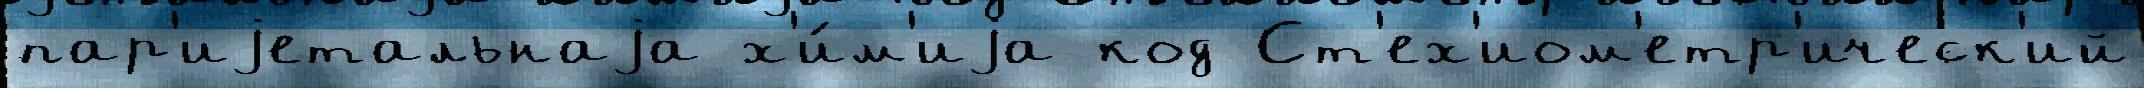
пар'иjетальнаjа х'и́м'иjа код Ст'ех'иом'етр'ическ'ий